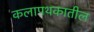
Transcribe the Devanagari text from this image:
कलापथकातील